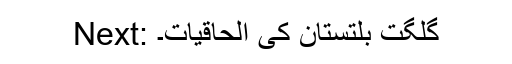
Next: گلگت بلتستان کی الحاقیات۔